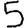
Digit: 5